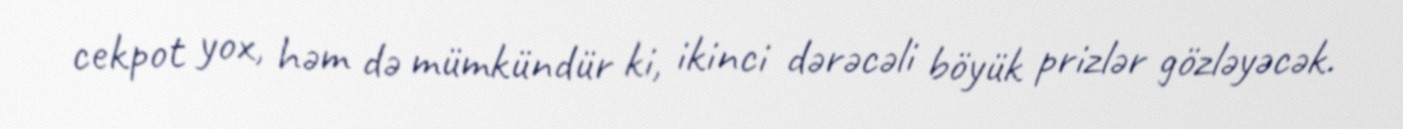
cekpot yox, həm də mümkündür ki, ikinci dərəcəli böyük prizlər gözləyəcək.